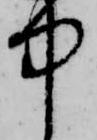
中